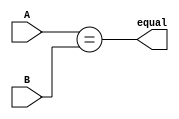
module parallel_comparator(input [7:0] A, input [7:0] B, output equal);

  assign equal = (A == B);

endmodule